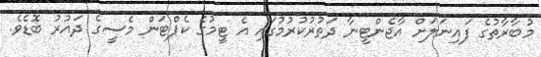
މުބާރާތުގެ ފައިނަލަށް އާޖެންޓީނާ ދަތުރުކުރުމުގައި އެ ޓީމުގެ ކެޕްޓަން މެސީގެ ދައުރު ބޮޑެވެ.